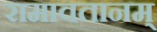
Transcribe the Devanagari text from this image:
रामावतानम्‌